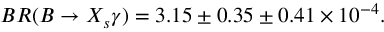
B R ( B \to X _ { s } \gamma ) = 3 . 1 5 \pm 0 . 3 5 \pm 0 . 4 1 \times 1 0 ^ { - 4 } .